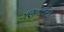
ગણતરીથી